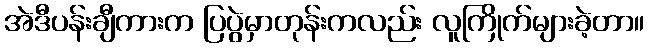
အဲဒီပန်းချီကားက ပြပွဲမှာတုန်းကလည်း လူကြိုက်များခဲ့တာ။